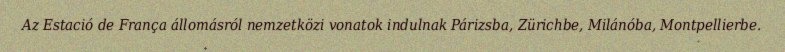
Az Estació de França állomásról nemzetközi vonatok indulnak Párizsba, Zürichbe, Milánóba, Montpellierbe.